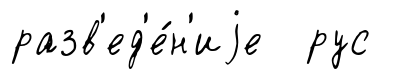
разв'ед'е́н'иjе рус